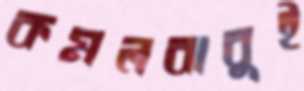
কমলবাবুই